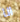
انا